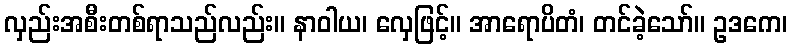
လှည်းအစီးတစ်ရာသည်လည်း။ နာဝါယ၊ လှေဖြင့်။ အာရောပိတံ၊ တင်ခဲ့သော်။ ဥဒကေ၊